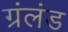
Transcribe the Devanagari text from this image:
ग्रंलंड